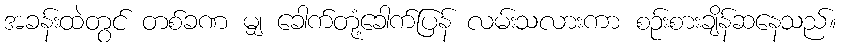
အခန်းထဲတွင် တစ်ခဏ မျှ ခေါက်တုံ့ခေါက်ပြန် လမ်းသလားကာ စဉ်းစားချိန်ဆနေသည်။